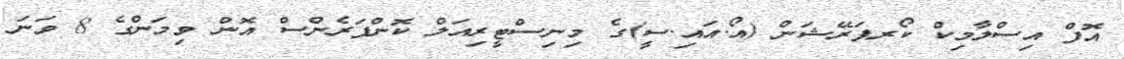
އޮފް އިސްލާމިކް ކޯރޕަރޭޝަން (އޯ.އައި.ސީ)ގެ މިނިސްޓީރިއަލް ކޮންފަރެންސް އޮން ވިމަންގެ 8 ވަނަ